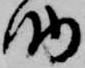
助